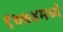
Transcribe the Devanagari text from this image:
१७७४मध्ये